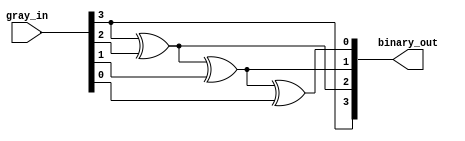
`timescale 1ns / 1ps
//////////////////////////////////////////////////////////////////////////////////
// Company: 
// Engineer: 
// 
// Design Name: 
// Module Name: gray_binary
// Project Name: 
// Target Devices: 
// Tool Versions: 
// Description: 
// 
// Dependencies: 
// 
// Revision:
// Revision 0.01 - File Created
// Additional Comments:
// 
//////////////////////////////////////////////////////////////////////////////////


module gray_binary(gray_in,binary_out);

        input [3:0] gray_in;
        output [3:0] binary_out;
        
        buf B1(binary_out[3],gray_in[3]);
        xor X1(binary_out[2],binary_out[3],gray_in[2]);
        xor X2(binary_out[1],binary_out[2],gray_in[1]);
        xor X3(binary_out[0],binary_out[1],gray_in[0]);
        
endmodule